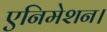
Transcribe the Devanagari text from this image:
एनिमेशन।